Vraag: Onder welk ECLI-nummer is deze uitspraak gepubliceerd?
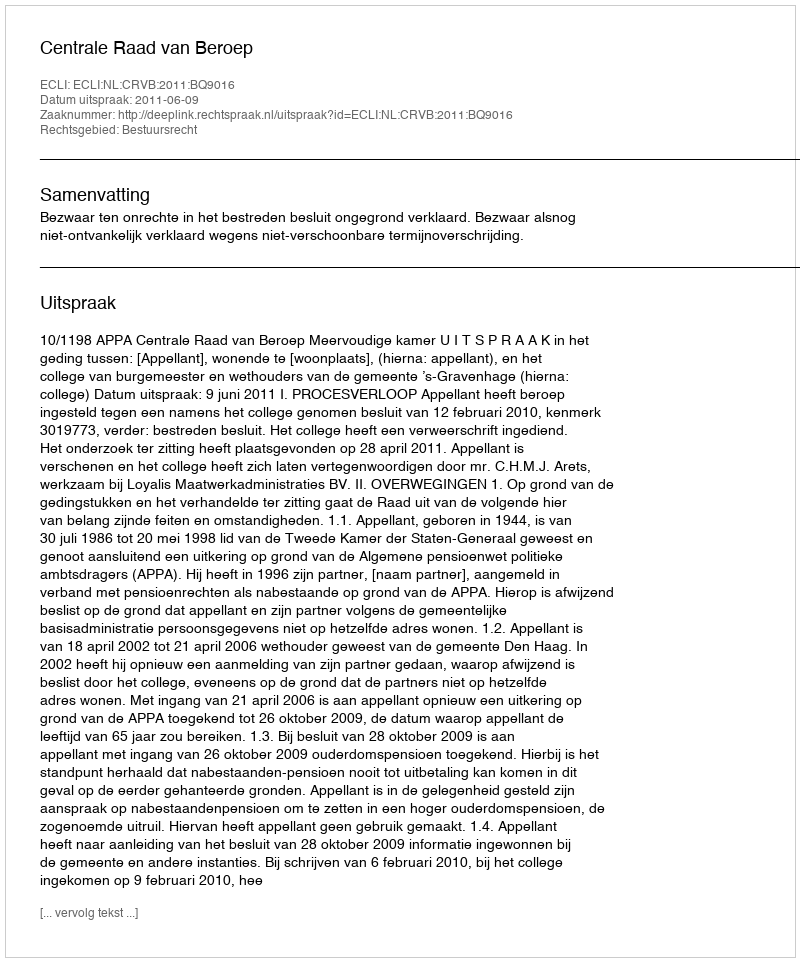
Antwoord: ECLI:NL:CRVB:2011:BQ9016